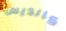
كانديس